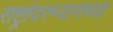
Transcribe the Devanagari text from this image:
राष्ट्रांदरम्यानच्या